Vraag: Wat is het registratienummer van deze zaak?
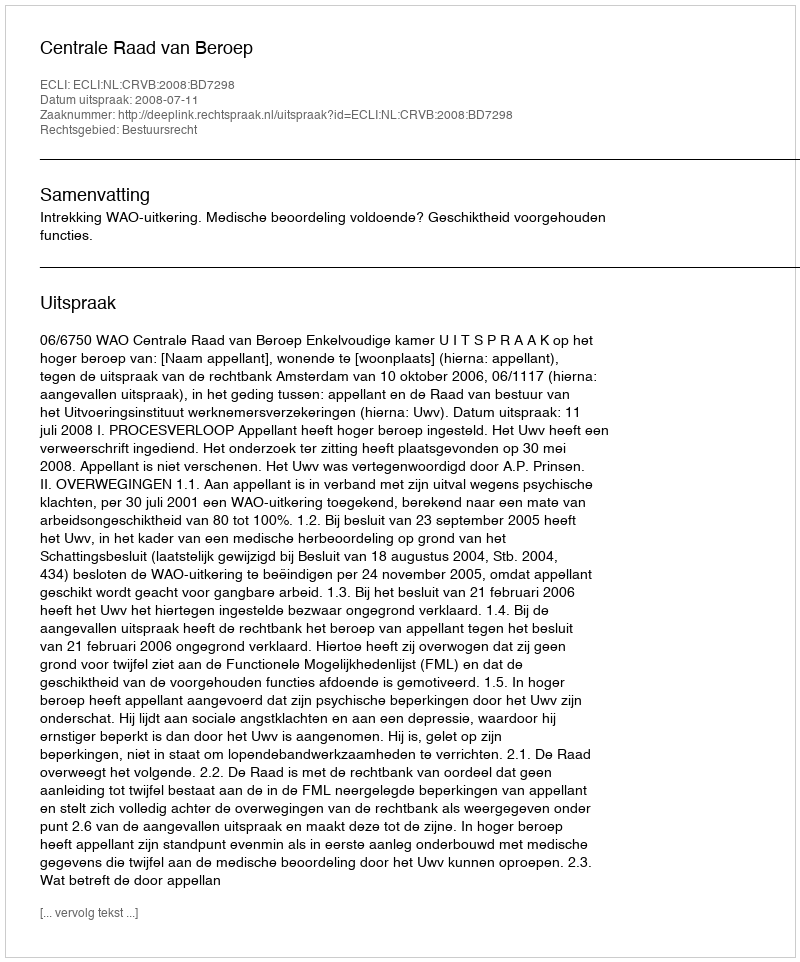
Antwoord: http://deeplink.rechtspraak.nl/uitspraak?id=ECLI:NL:CRVB:2008:BD7298